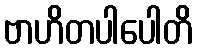
ဗာဟိတပါပေါတိ